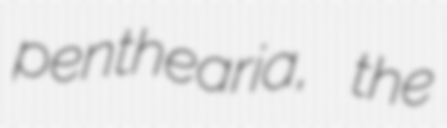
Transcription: penthearia, the